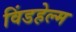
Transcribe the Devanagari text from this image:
विंडहेल्म